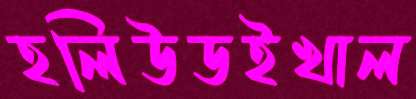
হলিউডইখাল